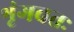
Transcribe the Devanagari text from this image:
शृंगवतः